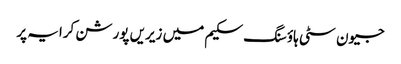
جیون سٹی ہاؤسنگ سکیم میں زیریں پورشن کرایہ پر